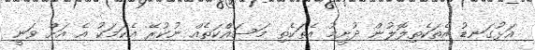
އަޅުގަނޑު އެތަކެތިލޮލުން ދުށީމު އެތަކެތި މަސައްކަތެއް ނުކުރޭ އެކަމަކު އެ އަށް ވަނީ